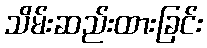
သိမ်းဆည်းထားခြင်း